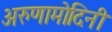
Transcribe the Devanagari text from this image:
अरुणामोदिनी